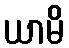
ယာမိ